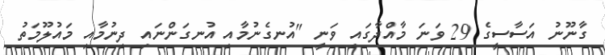
ގާނޫނު އަސާސީގެ 29 ވަނަ މާއްދާގައި ވަނީ "އުނގެނުމާއި އުނގަންނައި ދިނުމާއި މައުލޫމަތު